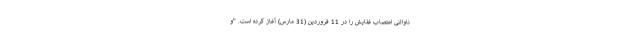
ناوالنی اعتصاب غذایش را در 11 فروردین (31 مارس) آغاز کرده است. "و